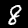
Digit: 8